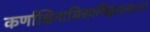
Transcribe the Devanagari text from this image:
कर्णाक्षिनासिकाजिह्लादन्ताःअ